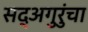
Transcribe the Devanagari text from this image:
सद्‍अगुरुंचा